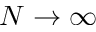
N \rightarrow \infty